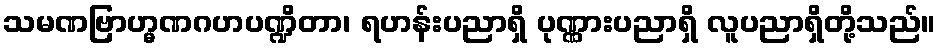
သမဏဗြာဟ္မဏဂဟပဏ္ဍိတာ၊ ရဟန်းပညာရှိ ပုဏ္ဏားပညာရှိ လူပညာရှိတို့သည်။